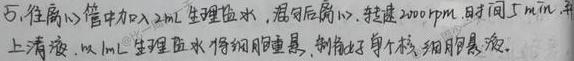
5. 往离心管中加入2mL生理盐水，混匀后离心，转速2000rpm，时间5min，弃上清。以1mL生理盐水将细胞重悬，制备好单个核细胞悬液。